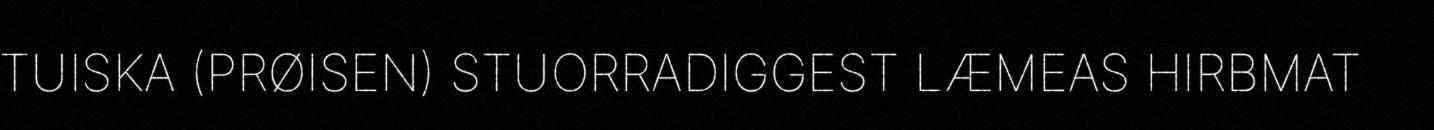
TUISKA (PRØISEN) STUORRADIGGEST LÆMEAS HIRBMAT